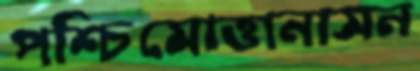
পশ্চিমোত্তানাসন